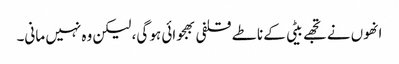
انھوں نے تجھے بیٹی کے ناطے قلفی بھجوائی ہو گی، لیکن وہ نہیں مانی۔